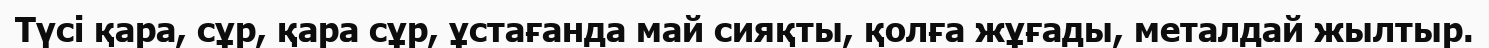
Түсі қара, сұр, қара сұр, ұстағанда май сияқты, қолға жұғады, металдай жылтыр.